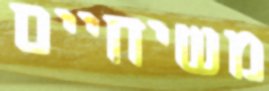
משיחיים